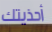
أحذيتك